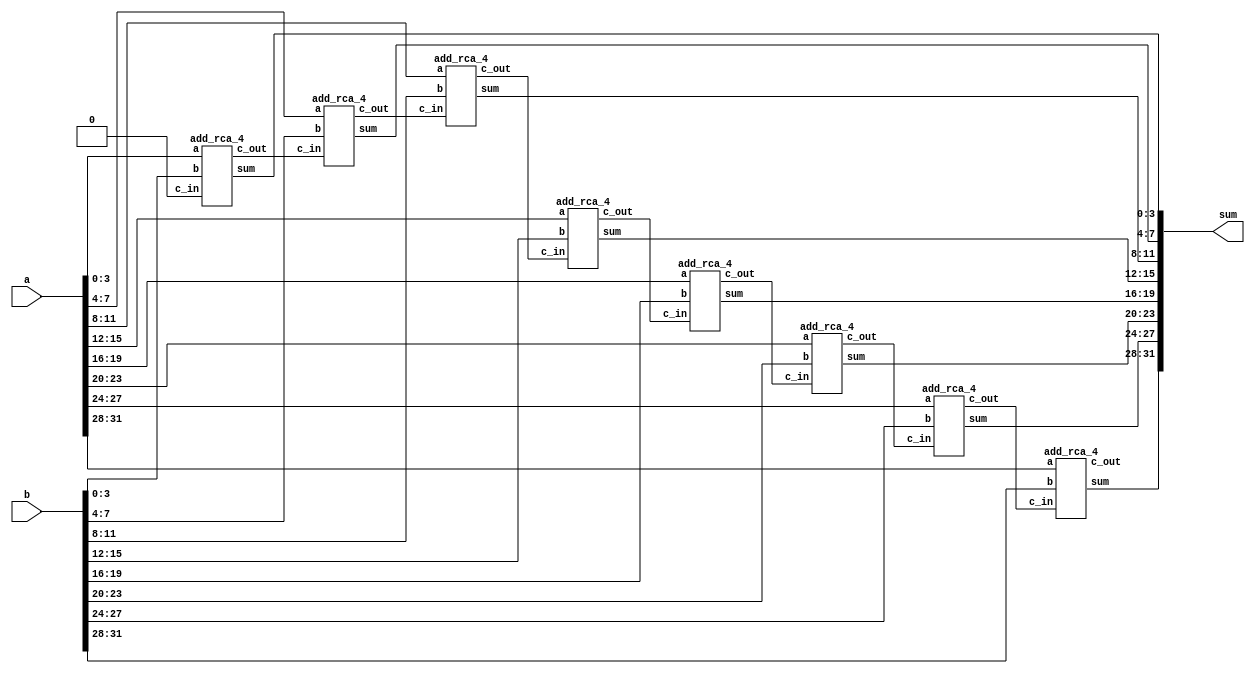
module add_rca_32 (output [31:0] sum, input [31:0] a,b);
	wire c_in, c_in4, c_in8, c_in12, c_in16, c_in20, c_in24, c_in28, c_out;
	assign c_in = 0;
	add_rca_4 M1 (c_in4, sum[3:0], a[3:0], b[3:0], c_in);
	add_rca_4 M2 (c_in8, sum[7:4], a[7:4], b[7:4], c_in4);
	add_rca_4 M3 (c_in12, sum[11:8], a[11:8], b[11:8], c_in8);
	add_rca_4 M4 (c_in16, sum[15:12], a[15:12], b[15:12], c_in12);
	add_rca_4 M5 (c_in20, sum[19:16], a[19:16], b[19:16], c_in16);
	add_rca_4 M6 (c_in24, sum[23:20], a[23:20], b[23:20], c_in20);
	add_rca_4 M7 (c_in28, sum[27:24], a[27:24], b[27:24], c_in24);
	add_rca_4 M8 (c_out, sum[31:28], a[31:28], b[31:28], c_in28);
endmodule

module add_rca_4 (output c_out, output [3:0] sum, input [3:0] a,b, input c_in);
	wire c_in2, c_in3, c_in4;
	add_full M1 (c_in2, sum[0], a[0],b[0],c_in);
	add_full M2 (c_in3, sum[1], a[1],b[1],c_in2);
	add_full M3 (c_in4, sum[2], a[2],b[2],c_in3);
	add_full M4 (c_out, sum[3], a[3],b[3],c_in4);
endmodule

module add_full(output c_out, sum, input a,b,c_in);
	wire w1,w2,w3;
	add_half M1 (w2,w1,a,b);
	add_half M2 (w3,sum,c_in,w1);
	or M3 (c_out,w2,w3);
endmodule

module add_half(output c_out,sum,input a, b);
	xor M1 (sum,a,b);
	and M2 (c_out,a,b);
endmodule